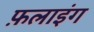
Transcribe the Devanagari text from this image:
फ़लाइंग